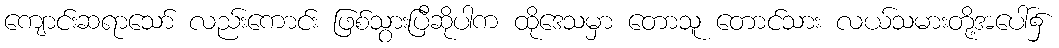
ကျောင်းဆရာသော် လည်းကောင်း ဖြစ်သွားပြီဆိုပါက ထိုဒေသမှာ တောသူ တောင်သား လယ်သမားတို့အပေါ်၌